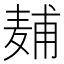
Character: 𱋖